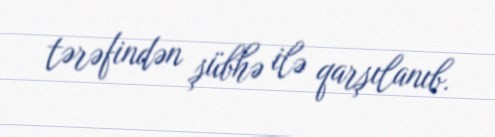
tərəfindən şübhə ilə qarşılanıb.